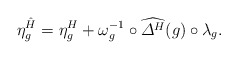
\begin{align*}\eta^{\hat{H}}_g = \eta^H_g + \omega_g^{-1} \circ \widehat{\varDelta^H}(g) \circ \lambda_g.\end{align*}